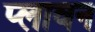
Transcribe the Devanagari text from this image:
प्‍लावन